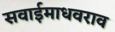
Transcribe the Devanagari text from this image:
सवाईमाधवराव